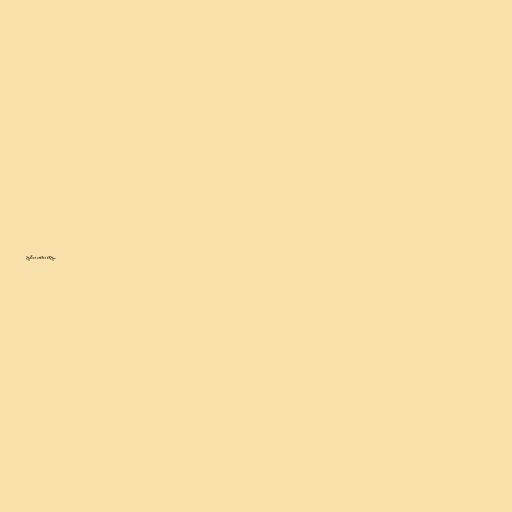
mönnunum.